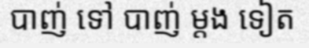
បាញ់ ទៅ បាញ់ ម្តង ទៀត